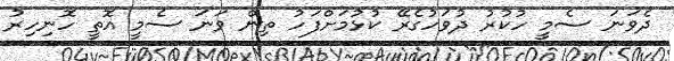
ދެވަނަ ސެމީ ހުކުރު ދުވަހުގެރޭ ކުޅުމަށްފަހު ތިން ވަނަ ސެމީ އޮތީ ހޮނިހިރު